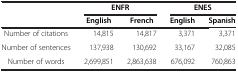
|  | <COLSPAN=2> ENFR | <COLSPAN=2> ENES |
 |  | English | French | English | Spanish |
 | --- | --- | --- | --- | --- |
 | Number of citations | 14,815 | 14,817 | 3,371 | 3,371 |
 | Number of sentences | 137,938 | 130,692 | 33,167 | 32,085 |
 | Number of words | 2,699,851 | 2,863,638 | 676,092 | 760,863 |